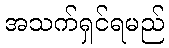
အသက်ရှင်ရမည်